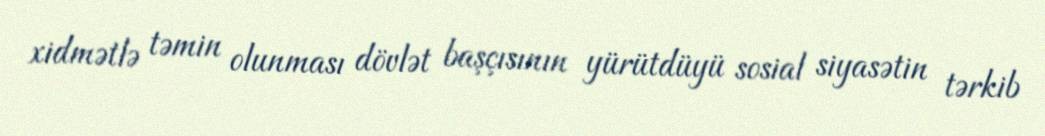
xidmətlə təmin olunması dövlət başçısının yürütdüyü sosial siyasətin tərkib